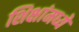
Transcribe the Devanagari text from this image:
शिक्षांमध्ये